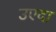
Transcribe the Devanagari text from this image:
उएदा